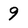
Character: 9